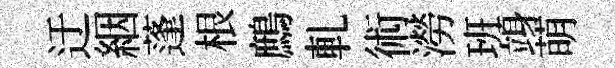
迂絪蓬根鷓軋術澇班竧萌